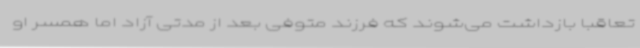
تعاقبا بازداشت می‌شوند که فرزند متوفی بعد از مدتی آزاد اما همسر او